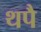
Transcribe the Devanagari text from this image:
थपै